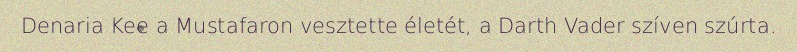
Denaria Kee a Mustafaron vesztette életét, a Darth Vader szíven szúrta.